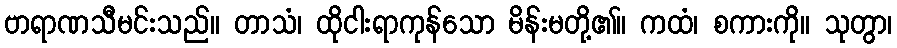
ဗာရာဏသီမင်းသည်။ တာသံ၊ ထိုငါးရာကုန်သော မိန်းမတို့၏။ ကထံ၊ စကားကို။ သုတွာ၊